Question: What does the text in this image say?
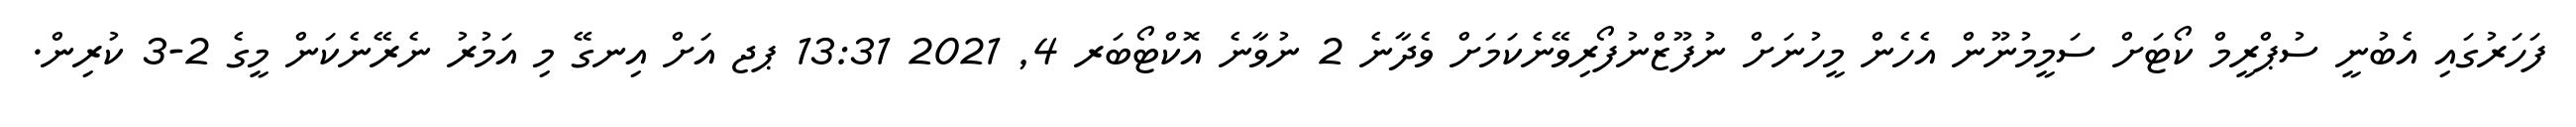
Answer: ފަހަރުގައި އެބުނީ ސުޕްރީމް ކޯޓަށް ސަމީމުނޫން އެހެން މީހުނަށް ނުފޫޒްނުފޯރިވޭނެކަމަށް ވެދާނެ 2 ނުވާނެ އޮކްޓޯބަރ 4, 2021 13:31 ޕޖ އަށް އިނގޭ މި އަމުރު ނެރޭނެކަން މީގެ 2-3 ކުރިން.